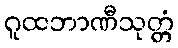
ဂူထဘာဏီသုတ္တံ